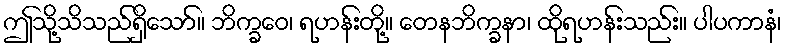
ဤသို့သိသည်ရှိသော်။ ဘိက္ခဝေ၊ ရဟန်းတို့။ တေနဘိက္ခနာ၊ ထိုရဟန်းသည်း။ ပါပကာနံ၊